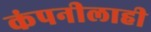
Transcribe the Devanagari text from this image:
कंपनीलाही